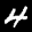
Label: 4